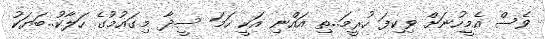
ވެސް އެމީހުނަށް ވިކިފަ ހުރީމަ..ތި އައްނި އަކީ ހަމަ ސީދާ މިގައުމުގެ ހަލާކު..ބަޔަކު